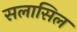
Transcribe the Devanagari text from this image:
सलासिल